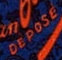
DEPOSE